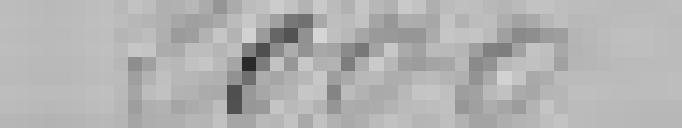
2 000